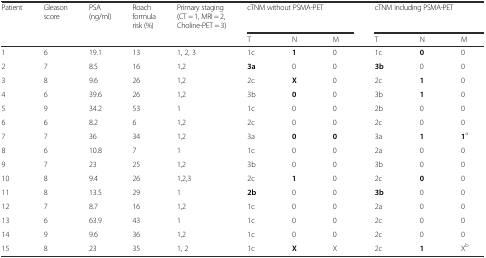
<table><thead><tr><td><b>Patient</b></td><td><b>Gleason score</b></td><td><b>PSA (ng/ml)</b></td><td><b>Roach formula risk (%)</b></td><td><b>Primary staging (CT = 1, MRI = 2, Choline-PET = 3)</b></td><td colspan="3"><b>cTNM without PSMA-PET</b></td><td colspan="3"><b>cTNM including PSMA-PET</b></td></tr><tr><td></td><td></td><td></td><td></td><td></td><td><b>T</b></td><td><b>N</b></td><td><b>M</b></td><td><b>T</b></td><td><b>N</b></td><td><b>M</b></td></tr></thead><tbody><tr><td>1</td><td>6</td><td>19.1</td><td>13</td><td>1, 2, 3</td><td>1c</td><td><b>1</b></td><td>0</td><td>1c</td><td><b>0</b></td><td>0</td></tr><tr><td>2</td><td>7</td><td>8.5</td><td>16</td><td>1,2</td><td><b>3a</b></td><td>0</td><td>0</td><td><b>3b</b></td><td>0</td><td>0</td></tr><tr><td>3</td><td>8</td><td>9.6</td><td>26</td><td>1,2</td><td>2c</td><td><b>X</b></td><td>0</td><td>2c</td><td><b>1</b></td><td>0</td></tr><tr><td>4</td><td>6</td><td>39.6</td><td>26</td><td>1,2</td><td>3b</td><td><b>0</b></td><td>0</td><td>3b</td><td><b>1</b></td><td>0</td></tr><tr><td>5</td><td>9</td><td>34.2</td><td>53</td><td>1</td><td>1c</td><td>0</td><td>0</td><td>2b</td><td>0</td><td>0</td></tr><tr><td>6</td><td>6</td><td>8.2</td><td>6</td><td>1,2</td><td>2c</td><td>0</td><td>0</td><td>2c</td><td>0</td><td>0</td></tr><tr><td>7</td><td>7</td><td>36</td><td>34</td><td>1,2</td><td>3a</td><td><b>0</b></td><td><b>0</b></td><td>3a</td><td><b>1</b></td><td><b>1</b><sup>a</sup></td></tr><tr><td>8</td><td>6</td><td>10.8</td><td>7</td><td>1</td><td>1c</td><td>0</td><td>0</td><td>2a</td><td>0</td><td>0</td></tr><tr><td>9</td><td>7</td><td>23</td><td>25</td><td>1,2</td><td>3b</td><td>0</td><td>0</td><td>3b</td><td>0</td><td>0</td></tr><tr><td>10</td><td>8</td><td>9.4</td><td>26</td><td>1,2,3</td><td>2c</td><td><b>1</b></td><td>0</td><td>2c</td><td><b>0</b></td><td>0</td></tr><tr><td>11</td><td>8</td><td>13.5</td><td>29</td><td>1</td><td><b>2b</b></td><td>0</td><td>0</td><td><b>3b</b></td><td>0</td><td>0</td></tr><tr><td>12</td><td>7</td><td>8.7</td><td>16</td><td>1,2</td><td>1c</td><td>0</td><td>0</td><td>2a</td><td>0</td><td>0</td></tr><tr><td>13</td><td>6</td><td>63.9</td><td>43</td><td>1</td><td>1c</td><td>0</td><td>0</td><td>2c</td><td>0</td><td>0</td></tr><tr><td>14</td><td>9</td><td>9.6</td><td>36</td><td>1,2</td><td>1c</td><td>0</td><td>0</td><td>2c</td><td>0</td><td>0</td></tr><tr><td>15</td><td>8</td><td>23</td><td>35</td><td>1, 2</td><td>1c</td><td><b>X</b></td><td>X</td><td>2c</td><td><b>1</b></td><td>X<sup>b</sup></td></tr></tbody></table>